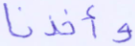
وأخذنا